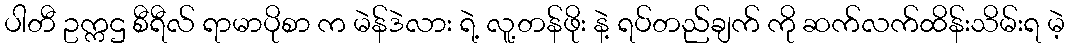
ပါတီ ဥက္ကဌ စီရီလ် ရာမာပိုစာ က မဲန်ဒဲလား ရဲ့ လူ့တန်ဖိုး နဲ့ ရပ်တည်ချက် ကို ဆက်လက်ထိန်းသိမ်းရ မဲ့